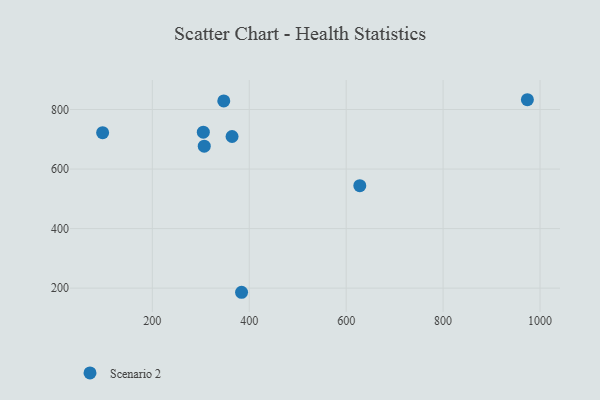
{"axis": {"x": "Distance", "y": "Rating"}, "legend": ["Scenario 2"], "data": [{"x": "305.2", "y": 723.8, "type": "Scenario 2"}, {"x": "384.1", "y": 186.0, "type": "Scenario 2"}, {"x": "628.1", "y": 544.1, "type": "Scenario 2"}, {"x": "347.4", "y": 829.0, "type": "Scenario 2"}, {"x": "973.9", "y": 832.9, "type": "Scenario 2"}, {"x": "307.1", "y": 676.7, "type": "Scenario 2"}, {"x": "97.4", "y": 722.1, "type": "Scenario 2"}, {"x": "364.5", "y": 709.4, "type": "Scenario 2"}]}